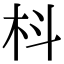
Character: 枓